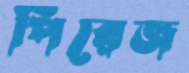
পিরেজ